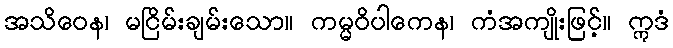
အသိဝေန၊ မငြိမ်းချမ်းသော။ ကမ္မဝိပါကေန၊ ကံအကျိုးဖြင့်။ ဣဒံ